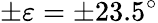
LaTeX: \pm\varepsilon=\pm 23.5^{\circ}